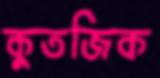
কুতজিক